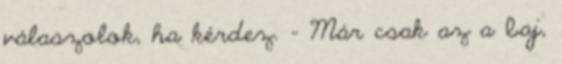
válaszolok, ha kérdez. - Már csak az a baj,